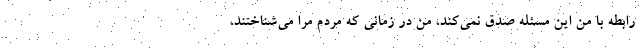
رابطه با من اين مسئله صدق نمي‌كند، من در زماني كه مردم مرا مي‌شناختند،